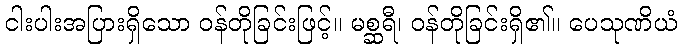
ငါးပါးအပြားရှိသော ဝန်တိုခြင်းဖြင့်။ မစ္ဆရီ၊ ဝန်တိုခြင်းရှိ၏။ ပေသုဏိယံ